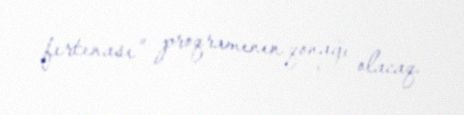
fırtınası” proqramının qonağı olacaq.